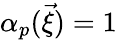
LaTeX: {\alpha}_{p}(\vec{\xi})=1